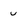
Character: u